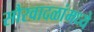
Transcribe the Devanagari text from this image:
सौरवादळांमध्ये